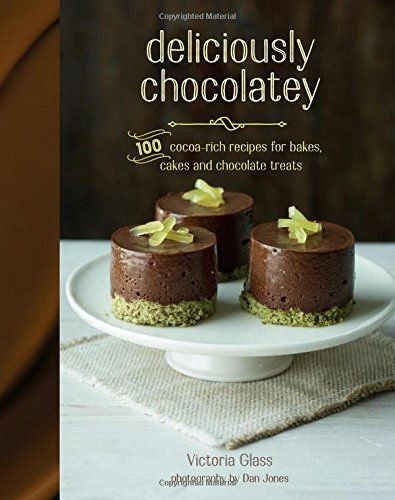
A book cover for Deliciously Chocolatey: 100 cocoa-rich recipes for bakes, cakes and chocolate treats; Victoria Glass; Cookbooks, Food & Wine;